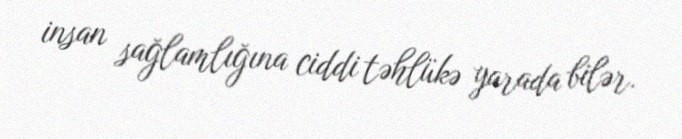
insan sağlamlığına ciddi təhlükə yarada bilər.